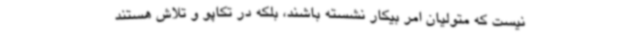
نیست که متولیان امر بیکار نشسته‌ باشند، بلکه در تکاپو و تلاش هستند